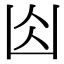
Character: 𠚄